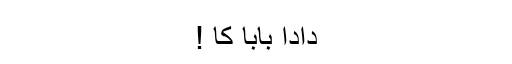
دادا بابا کا !